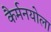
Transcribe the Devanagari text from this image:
कैर्मनयोला